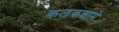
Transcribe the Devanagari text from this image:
कलकत्तामे